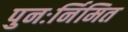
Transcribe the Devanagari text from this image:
पुनःर्निमित